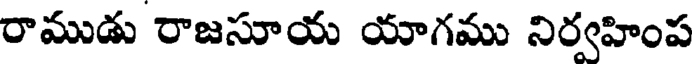
రాముడు రాజసూయ యాగము నిర్వహింప